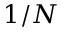
1 / N